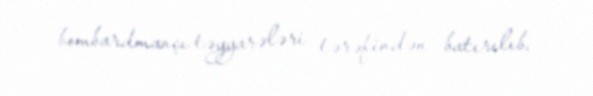
bombardmançı təyyarələri tərəfindən batırılıb.